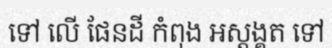
ទៅ លើ ផែនដី កំពុង អស្តង្គត ទៅ